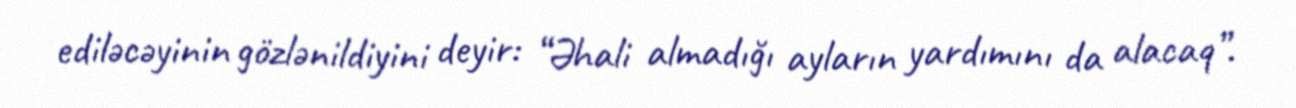
ediləcəyinin gözlənildiyini deyir: “Əhali almadığı ayların yardımını da alacaq”.